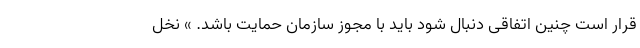
قرار است چنین اتفاقی دنبال شود باید با مجوز سازمان حمایت باشد. » نخل